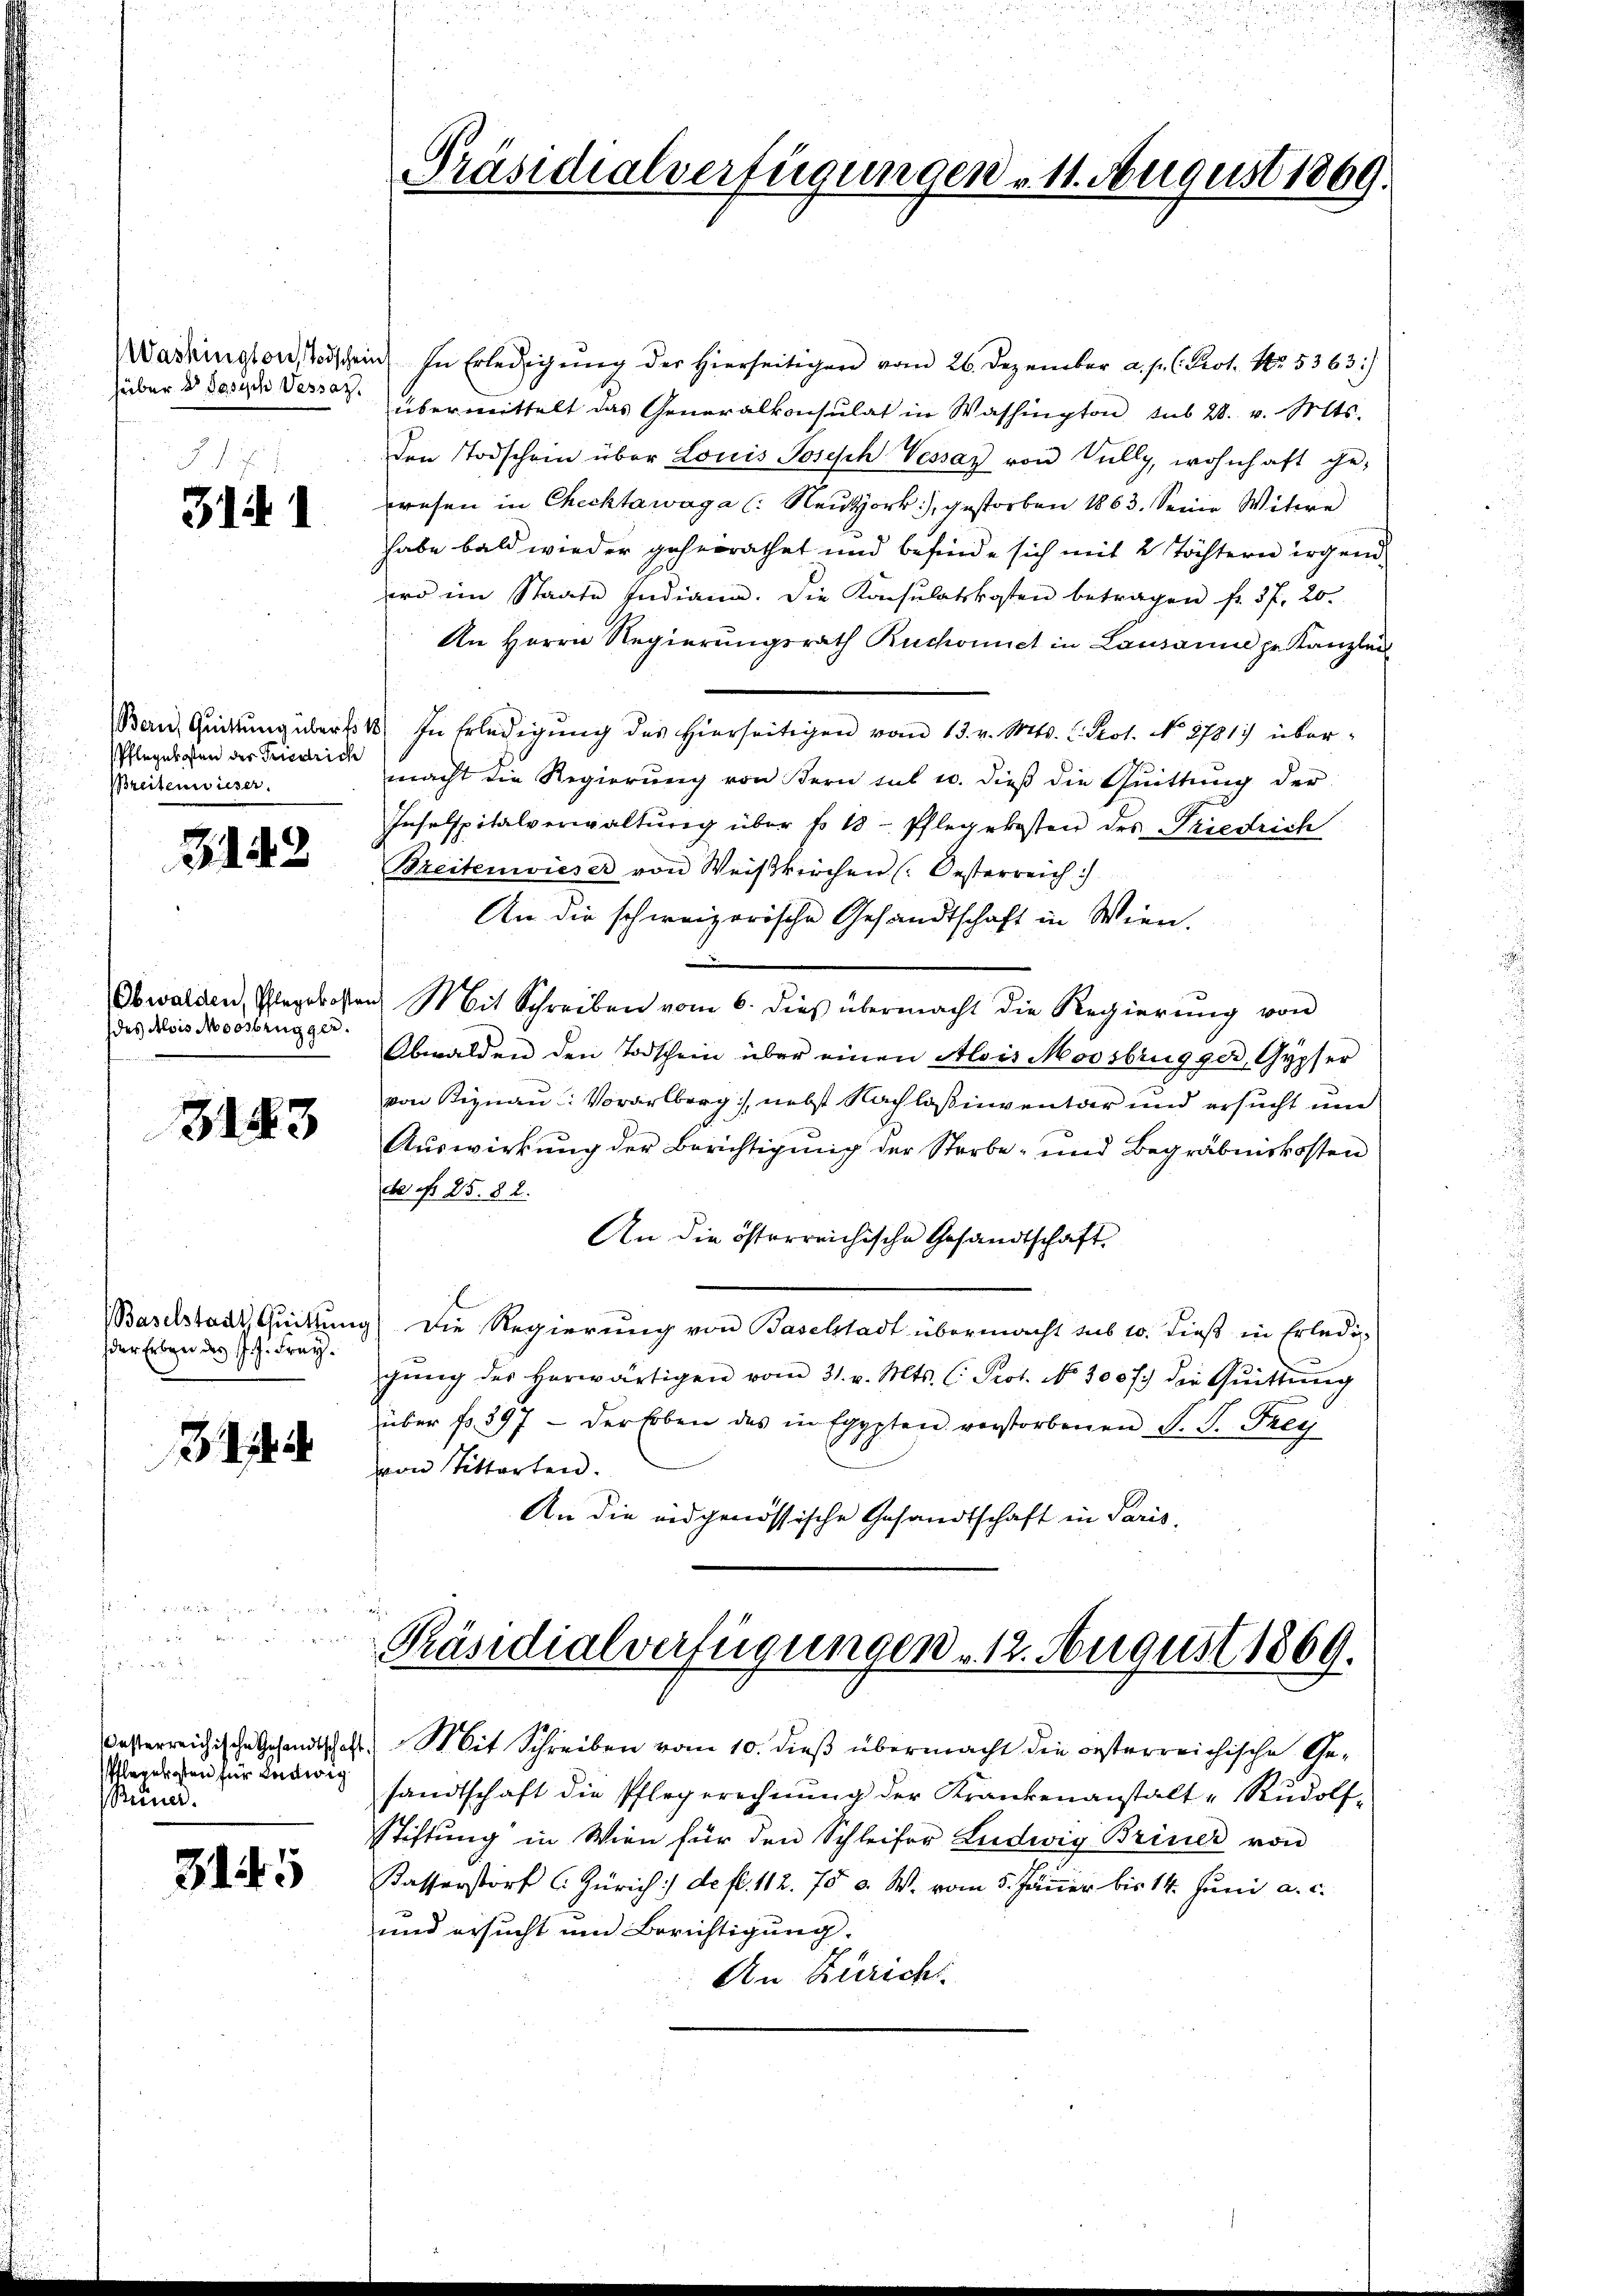
hüber d Josisch Vessaz.

3141

Bern, Quittung übert. 181
Pflegekosten der Friedrich
Breitenwieser

3143

des Alois Moosbrügger.

3183

der Erben des J. J. Frey.

3

Pflegekosten für Ludwig
Beiner.

3145

Präsidialverfügungen 11. August 1869.

Washington Todschein In Erledigung der hierseitigen vom 26. Dezember a. p. C. Prot. No. 5363)
übermittelt das Generalkonsulat in Washington, sub 28. v. Mts.
Den Todschein über Louis Joseph Vessaz von Vully, wohnhaft gewesen in Checktawaga (: Neutzork, gestorben 1863. Seine Witwe
habe bald wieder geheirathet und befinde sich mit 2 Töchtern irgend
ird in Staate Indiane. Die Konsulatskosten betragen fr. 3 f. 20.
An Herrn Regierungsrath Ruchomich in Lausanne pr. Kanzlei
In Erledigung des hierseitigen vom 13. v. Mts. l. Prot. No 2781) übermacht die Regierung von Bern tut u. dieß die Quittung der
Inselspitalverwaltŭng über fo 18. Pflegekosten des Friedrich
Breitenwieser von Weiβkrochen (: Oesterreich :/
An die schweizerische Gesandtschaft in Wien.
Obwalden, Pflegekosten Mit Schreiben vom 6. dies übermacht die Regierŭng von
Obwalden den Todschein über einen Alois Moosbrugger, Gypfer
von Signau: Vorarlberg), nebst Nachloßinventar und ersucht und
Auswirkung der Berichtigung der Sterbe- und Begräbniskosten
ee ist 25. 82.
An die österreichische Gesandtschaft
Baselstadt Quittung die Regierung von Baselstadt übermacht sub 10. dieß in Erledi-
gŭng des herwärtigen vom 31. v. Mts. (: Prot. No. 300 f.) die Qŭittŭng
über fr. 397 - der hoben des in Egypten verstorbenen S. S. Frei
von Sitterten.
An die eidgenössische Gesandtschaft in Paris.

Präsidialverfügungen. 12. August 1869.

asterreichische Gesandtschaft. Mit Schreiben vom 10. dieß übermacht die oesterreichische Gesandtschaft die Pflegerechnŭng der Krankenanstalt Rudolf
Stiftung in Wien für den Schleifer Ludwig Briner von
Kasserstorf (Zürich :/ de fl. 112. 75 c. W. vom 5. Jänner bis 14. Juni a. c.
und ersucht und Berichtigung.
An Züricht